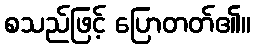
စသည်ဖြင့် ပြောတတ်၏။